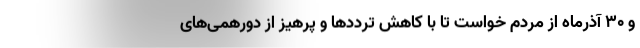
و ۳۰ آذرماه از مردم خواست تا با کاهش ترددها و پرهیز از دورهمی‌های